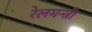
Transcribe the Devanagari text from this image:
रेलमन्त्री